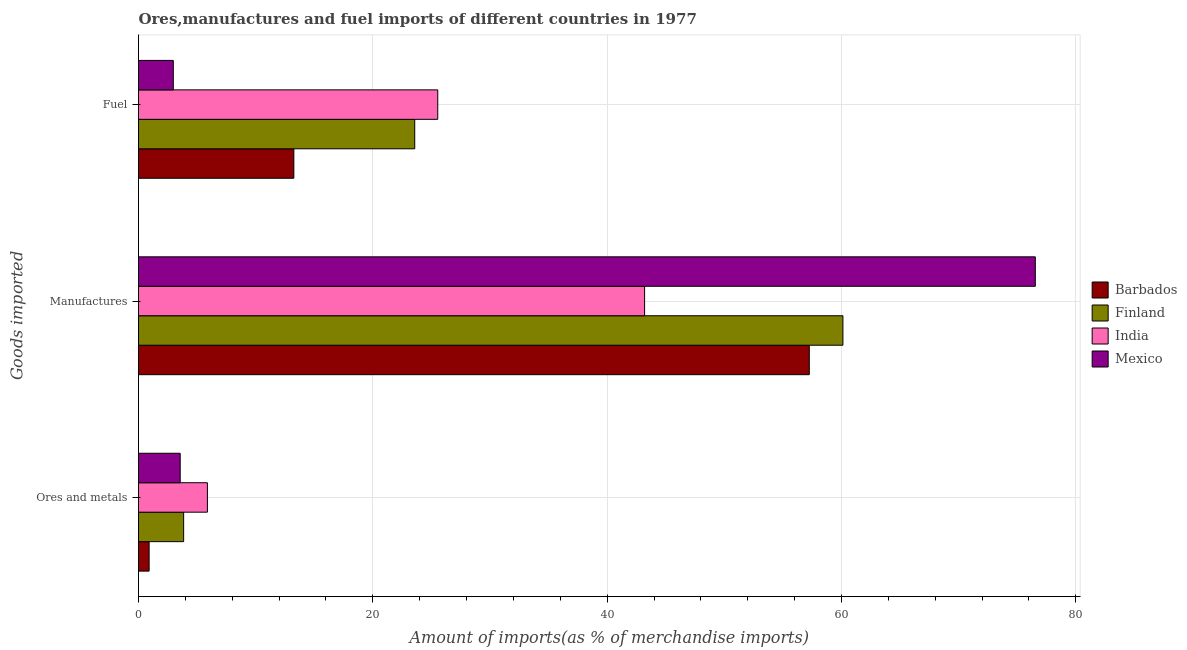
| Goods imported | Barbados | Finland | India | Mexico |
 | --- | --- | --- | --- | --- |
 | Ores and metals | 0.906 | 3.85 | 5.88 | 3.56 |
 | Manufactures | 57.3 | 60.1 | 43.2 | 76.5 |
 | Fuel | 13.3 | 23.6 | 25.5 | 2.97 |